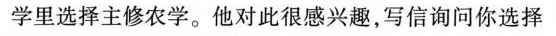
学里选择主修农学。他对此很感兴趣，写信询问你选择